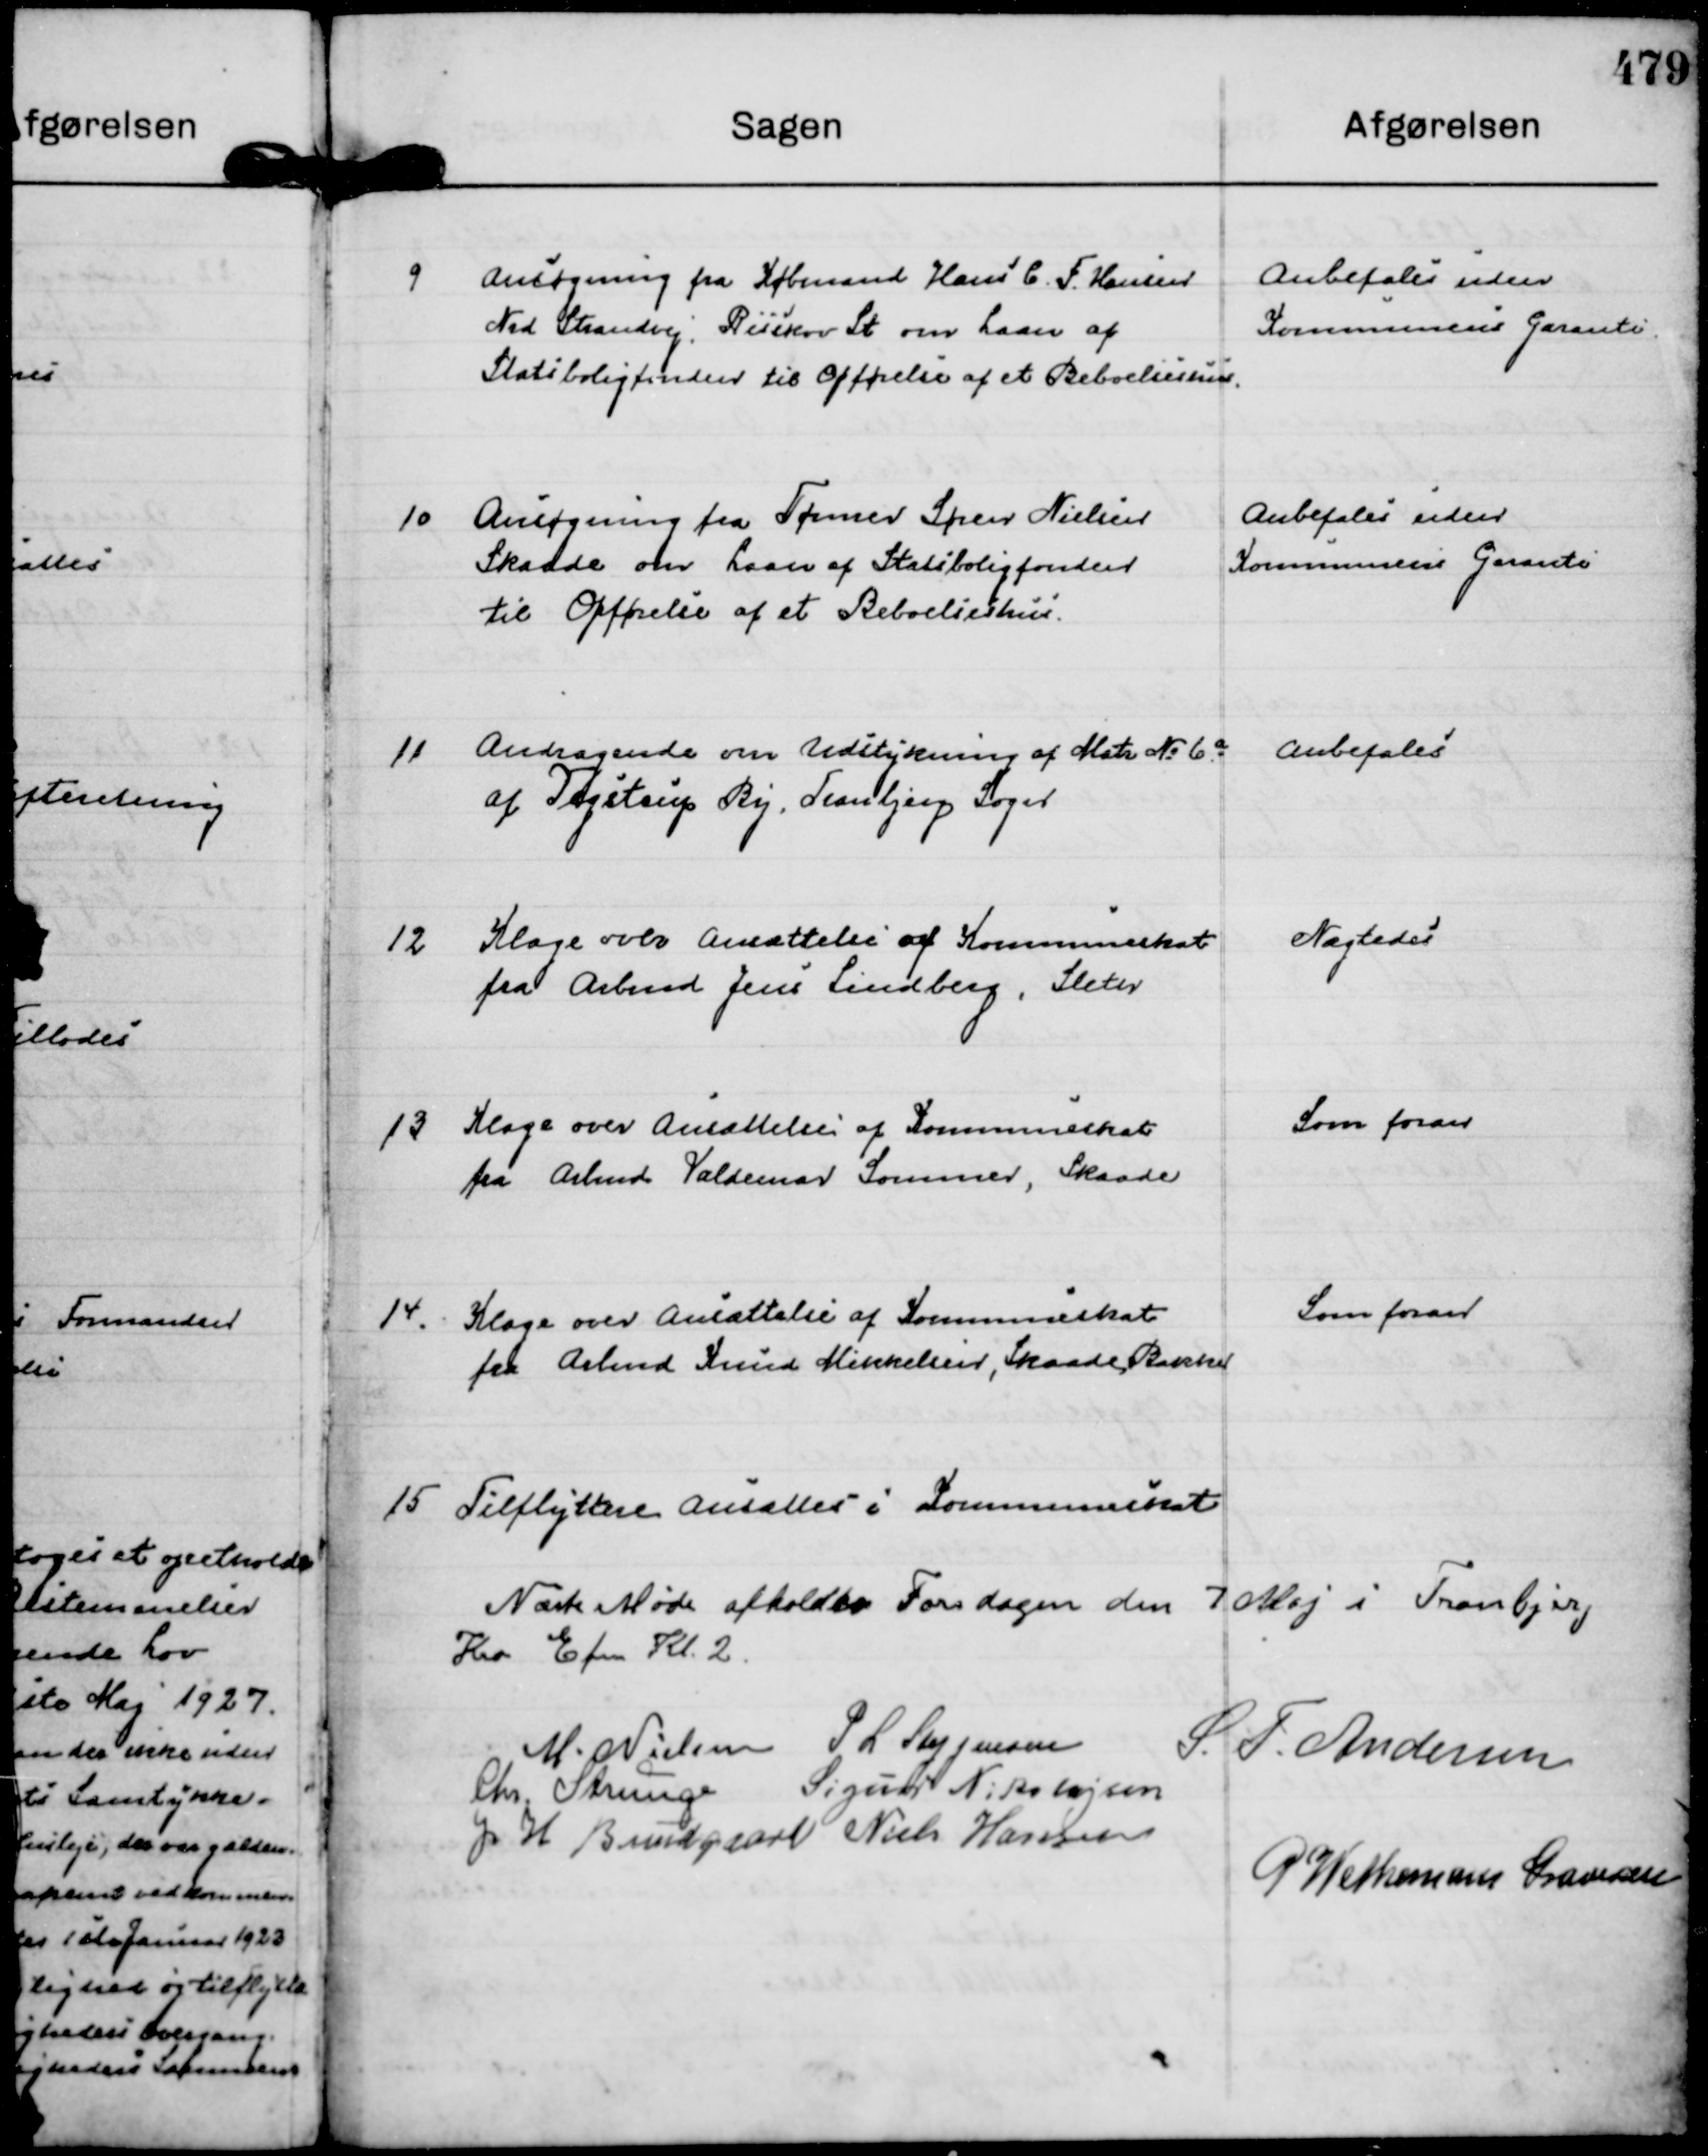
Transskription:
9
Ansøgning fra Købmand Hans C. F. Hansen
Nrd Strandvej, Risskov St om Laan af
Statsboligfonden til Opførelse af et Beboelseshus.

Anbefales uden
Kommunens Garanti.

10
Ansøgning fra Tømrer Søren Nielsen
Skaade om Laan af Statsboligfonden
til Opførelse af et Beboelseshus.

Anbefales uden
Kommunens Garanti

11
Andragende om Udstykning af Matr No 6.a
af Jegstrup By, Tranbjerg Sogn

Anbefales

12
Klage over Ansættelse af Kommuneskat
fra Arbmd Jens Lindberg, Sleth

Nægtes

13
Klage over Ansættelse af Kommuneskat
fra Arbmd Valdemar Sommer, Skaade

Som foran

14.
Klage over Ansættelse af Kommuneskat
fra Arbmd Knud Mikkelsen, Skaade Bakker

Som foran

15
Tilflyttere Ansattes i Kommuneskat

Næste Møde afholdes Torsdagen den 7 Maj i Tranbjerg
Kro Efm Kl. 2.

M. Nielsen
P L Steffensen 
S. T. Andersen
Chr Strunge
Sigurd Nikolajsen
J H Bundgaard
Niels Hansen
P Wethemann Graversen